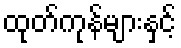
ထုတ်ကုန်များနှင့်